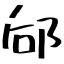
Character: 郈